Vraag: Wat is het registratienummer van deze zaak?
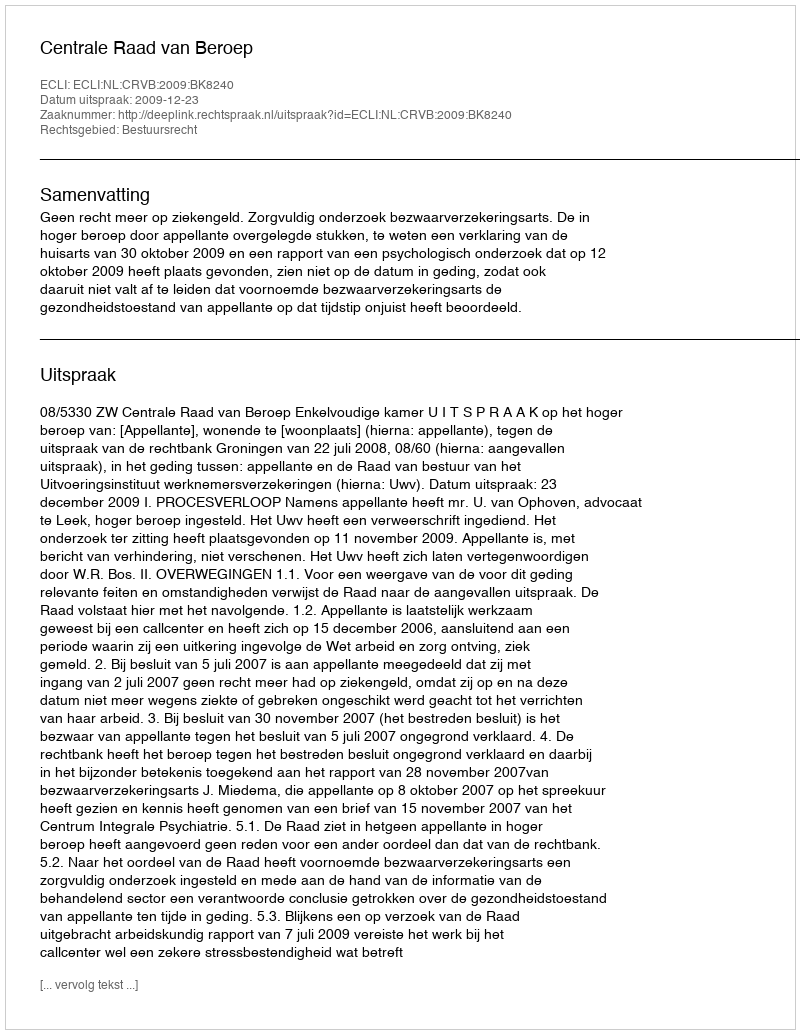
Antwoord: http://deeplink.rechtspraak.nl/uitspraak?id=ECLI:NL:CRVB:2009:BK8240